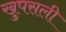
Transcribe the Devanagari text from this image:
खुपसली